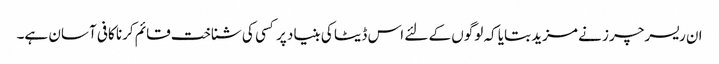
ان ریسرچرز نے مزید بتایا کہ لوگوں کے لئے اس ڈیٹا کی بنیاد پر کسی کی شناخت قائم کرنا کافی آسان ہے۔